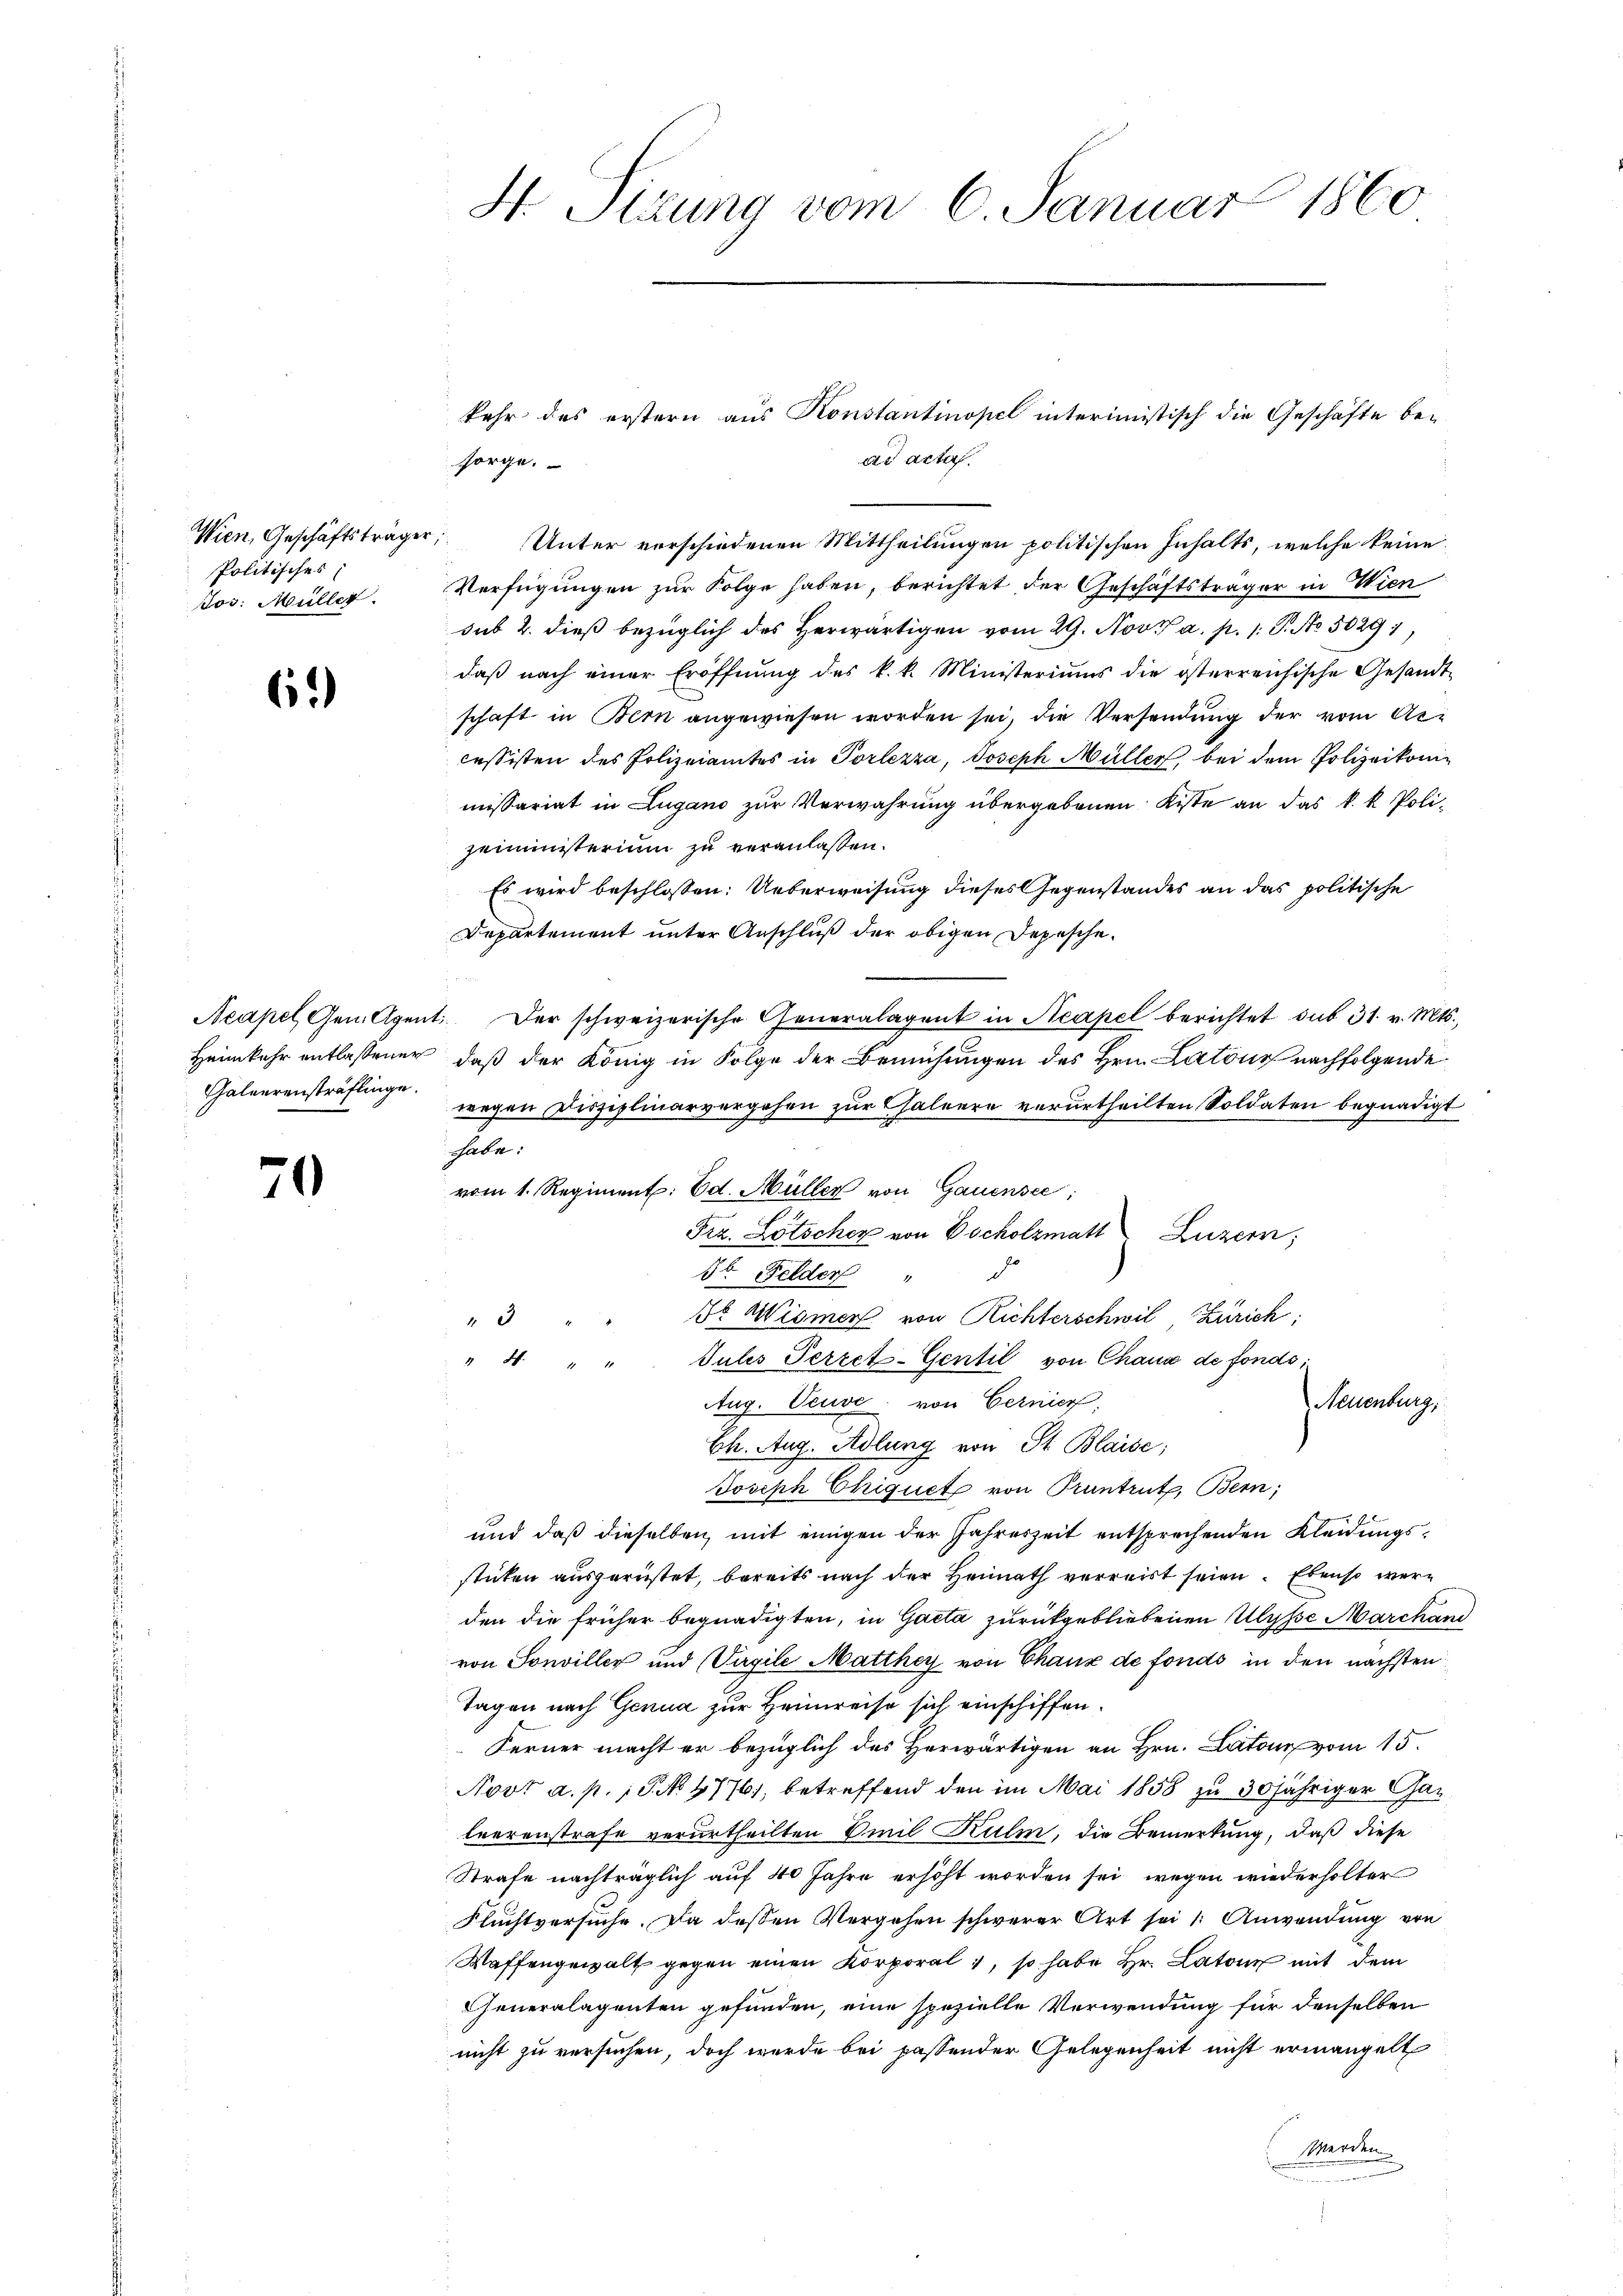
Wien, Geschäftsträger,
Politisches
Jos. Müller.

6.)

Heimkehr entlassener
Galeerensträflinge.

70

H Sizung vom 6. Januar 1860

kehr des erstern aus Konstantinopel interimistisch die Geschäfte be-
ad acta.
sorge.

Unter verschiedenen Mittheilungen politischen Inhalts, welche keine
Verfügungen zur Folge haben, berichtet der Geschäftsträger in Wien
sub 2. dieß bezüglich des Herwärtigen vom 29. Nov. a. p. 1 S. No. 50291,
daß nach einer Eröffnung des k. k. Ministeriums die österreichische Gesandt-
schaft in Bern angewiesen worden sei, die Versendung der vom Arcessisten des Polizeiamtes in Porlezza, Joseph Müller, bei dem Polizeikomimissariat in Lugano zur Verwahrung übergebenen Kiste an das k. k. Poli-
zeiministerium zu veranlassen.
Es wird beschlossen: Ueberweisung dieses Gegenstandes an das politische
Departement unter Anschluß der obigen Depesche
Neapel Gen. Agent. Der schweizerische Generalagent in Neapel berichtet sub 31. v. Mts.,
daß der König in Folge der Bemühungen des Hrn. Latone nachfolgende
wegen Disziplinarvergehen zur Chaleere verurtheilten Soldaten begnadigt
habe.
vom 1. Regiment. Ed. Müller von Gauensee,
Frz. Lötscher von Vycholzmatt Luzern;
3t Felder " "
de Wismer von Richterschwil, Zürich
3
" 4 " " Julis Percet-Gentil von Chaus de fonds;
Aug. Veuve, von Cernier.
Neuenburg.
Ch. Aug. Adlung von St. Blaise;
Joseph Chiquet von Pruntrut, Bern;
und daß dieselben mit einigen der Jahreszeit entsprechenden Kleidungssticken ausgerüstet, bereits nach der Heimath verreist seien. Ebenso werden die früher begnadigten, in Gacta zurückgebliebenen Ulysse Marchand
von Sonviller und Virgile Matthey von Chaux de fonds in den nächsten
Tagen nach Genua zur Heimreise sich einschiffen.
Ferner macht er bezüglich des Herwärtigen an Hrn. Latons vom 15.
Novt a. p. 1. No. 4776, betreffend den im Mai 1858 zu 30 jähriger Garleerenstrafe verurtheilten Emil Kulm, die Bemerkung, daß diese
Strafe nachträglich auf 40 Jahre erhöht worden sei, wegen wiederholter
Fluchtversuche. Da dessen Vergehen schwerer Art sei 1: Anwendung von
Waffengewalt gegen einen Korporal, so habe Hr. Latone mit dem
Generalagenten gefunden, eine spezielle Verwendung für denselben
nicht zu versuchen, doch wurde bei passender Gelegenheit nicht ermangelt
werden